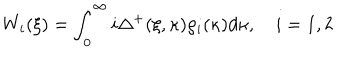
W _ { i } ( \xi ) = \int _ { 0 } ^ { \infty } i \Delta ^ { + } ( \xi , \kappa ) \rho _ { i } ( \kappa ) d \kappa , \quad i = 1 , 2